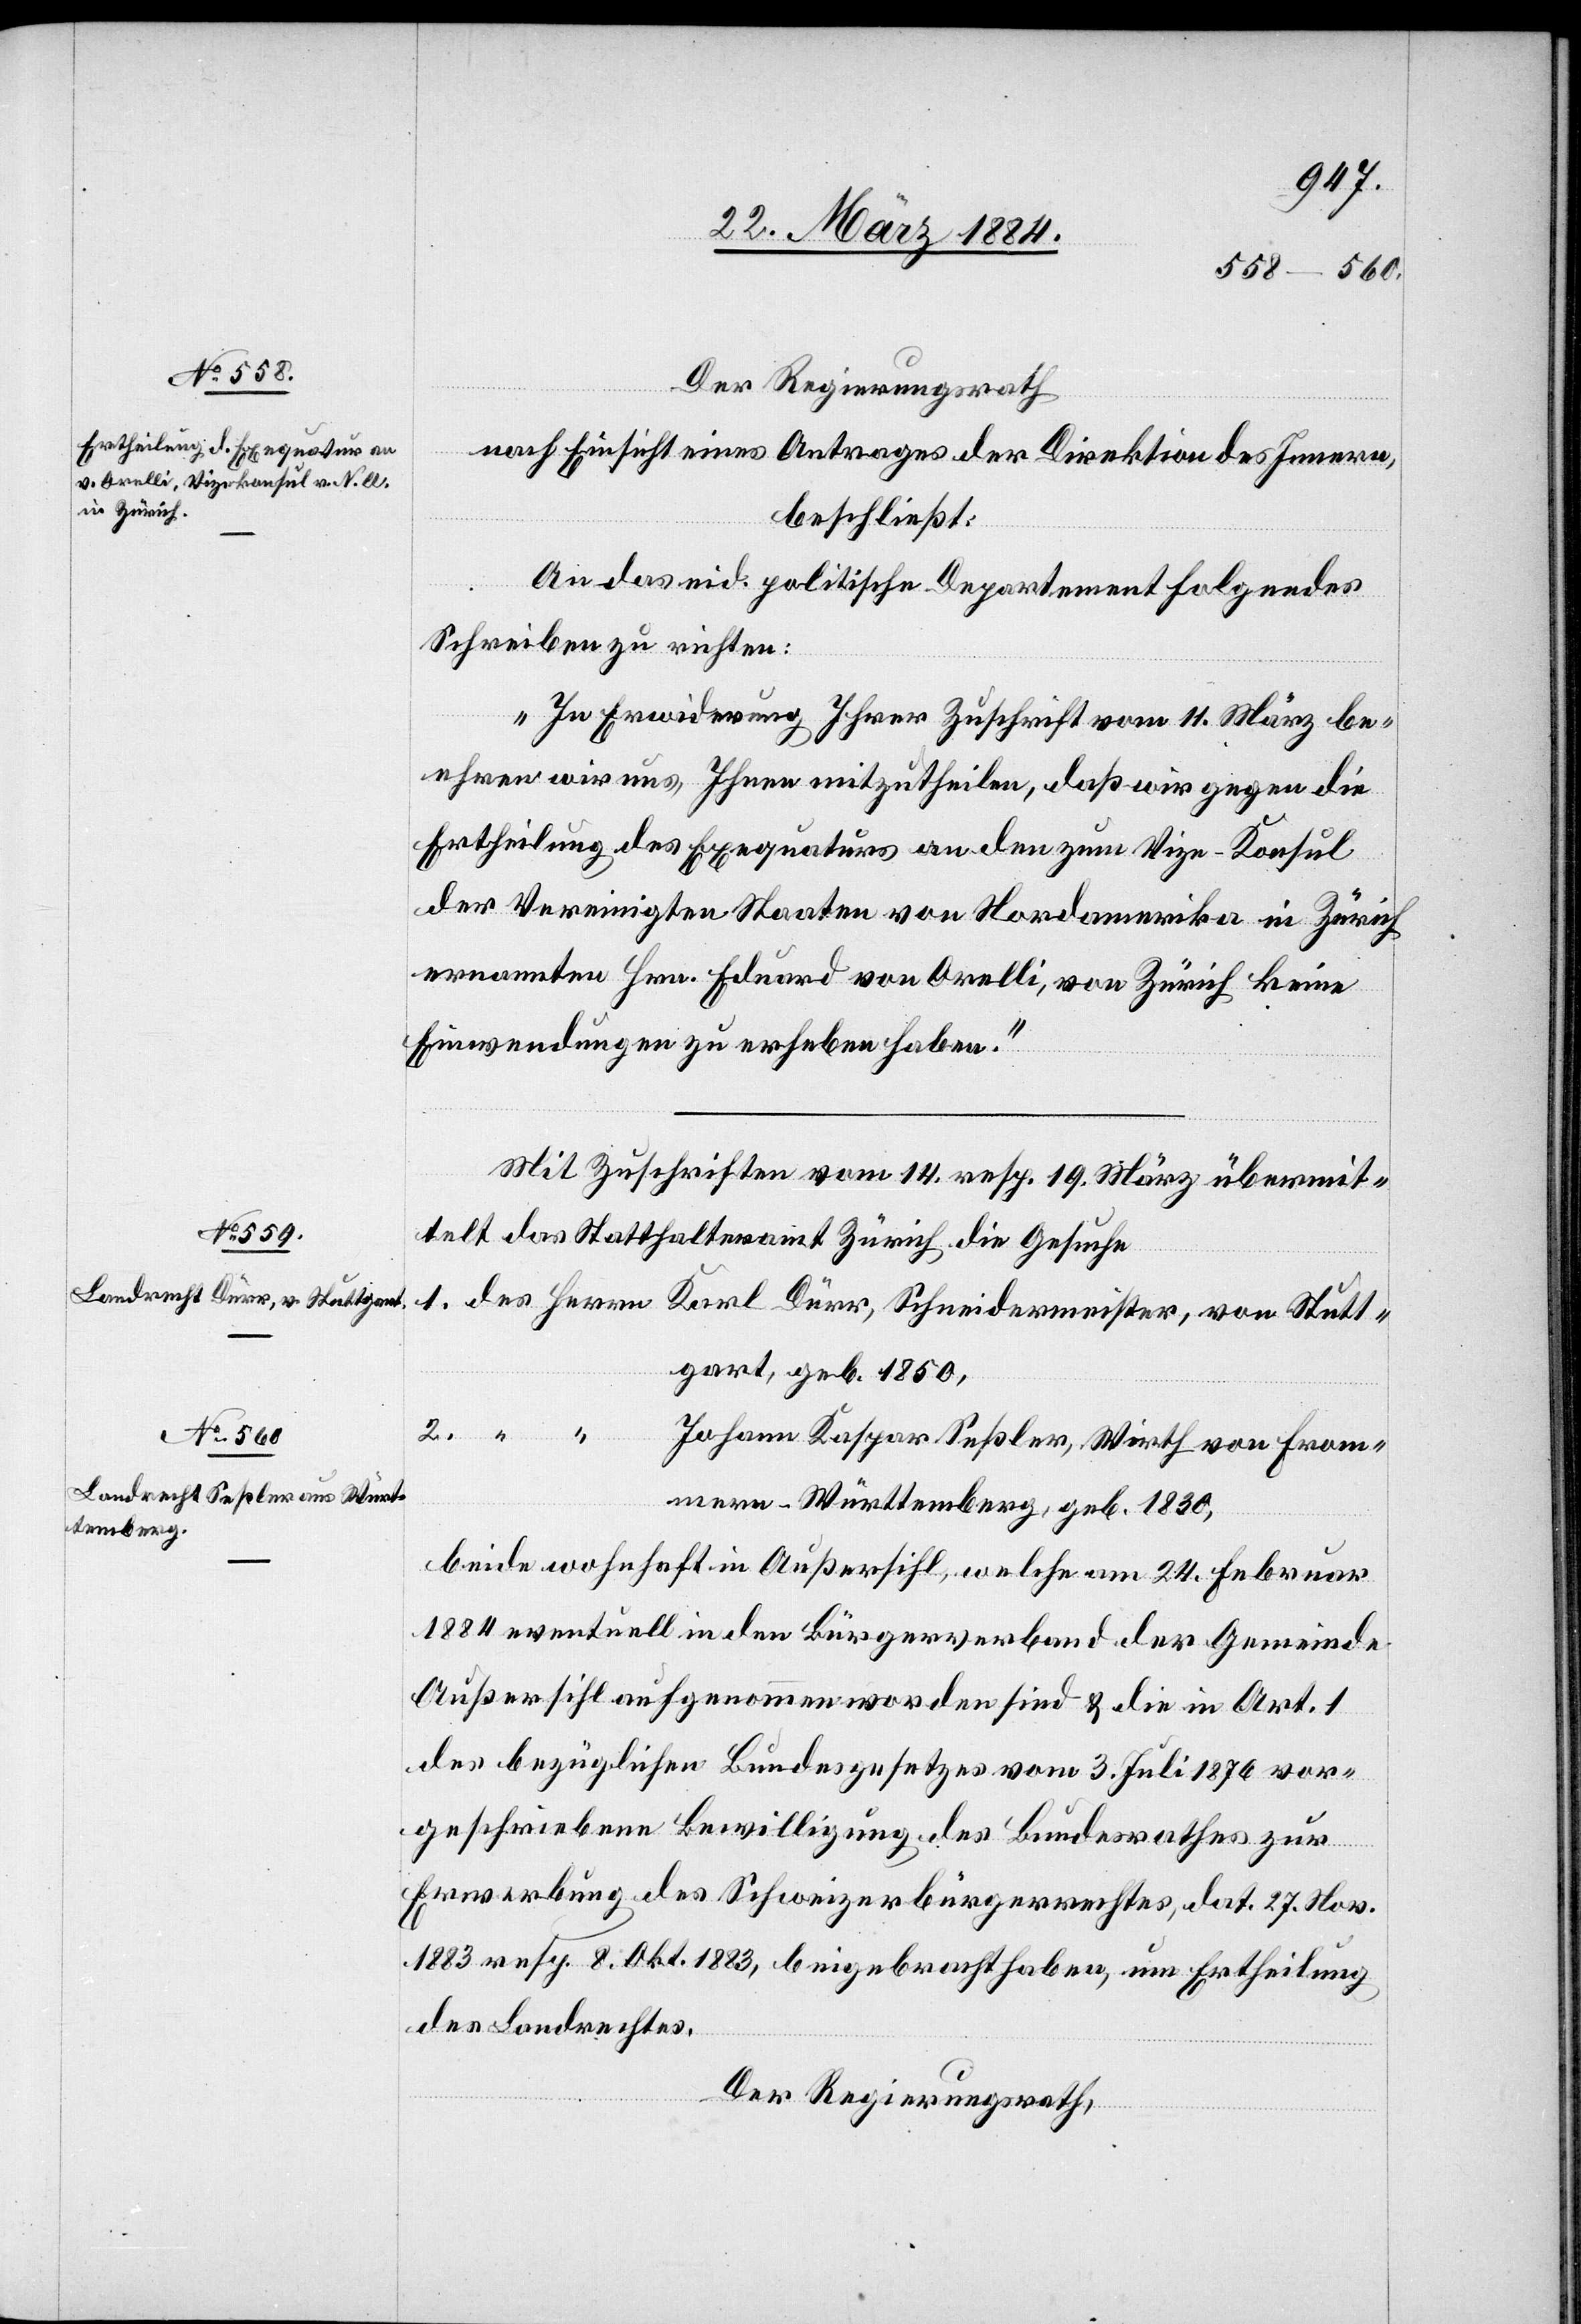
Der Regierungsrath
nach Einsicht eines Antrages der Direktion des Innern,
beschließt:
An das eid. politische Departement folgendes
Schreiben zu richten:
„In Erwiderung Ihrer Zuschrift vom 11. März be¬
ehren wir uns, Ihnen mitzutheilen, daß wir gegen die
Ertheilung der Exequatur an den zum Vize-Konsul
der Vereinigten Staaten von Nordamerika in Zürich
ernannten Hrn. Eduard von Orelli, von Zürich keine
Einwendungen zu erheben haben.“
Mit Zuschrift vom 14. resp. 19. März übermit¬
telt das Statthalteramt Zürich die Gesuche
1. des Herrn Karl Dürr, Schneidermeister, von Stutt¬
gart, geb. 1850,
Johann Kaspar Seßler, Wirth von From¬
mern - Württemberg, geb. 1830,
beide wohnhaft in Außersihl, welche am 24. Februar
1884 eventuell in den Bürgerverband der Gemeinde
Außersihl aufgenommen worden sind & die in Art. 1
des bezüglichen Bundesgesetzes vom 3. Juli 1876 vor¬
geschriebene Bewilligung des Bundesrathes zur
Erwerbung des Schweizerbürgerrechtes, dat. 27. Nov.
1883 resp. 8. Okt. 1883, beigebracht haben, um Ertheilung
des Landrechtes.
Der Regierungsrath,